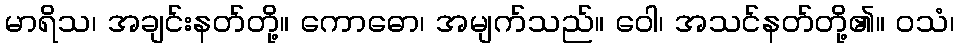
မာရိသ၊ အချင်းနတ်တို့။ ကောဓော၊ အမျက်သည်။ ဝေါ၊ အသင်နတ်တို့၏။ ဝသံ၊